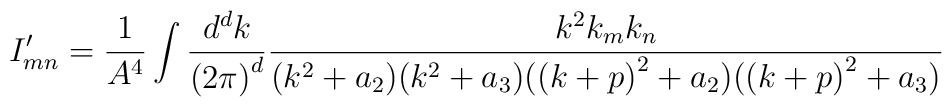
I'_{mn}=\frac{1}{A^4} \int \frac{d^d k}{{(2\pi)}^d}\frac{k^2 k_m k_n}{(k^2+a_2)(k^2+a_3)({(k+p)}^2+a_2)({(k+p)}^2+a_3)}